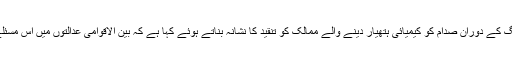
انہوں نے ایران- عراق جنگ کے دوران صدام کو کیمیائی ہتھیار دینے والے ممالک کو تنقید کا نشانہ بناتے ہوئے کہا ہے کہ بین الاقوامی عدالتوں میں اس مسئلے کا جائزہ لیا جانا چاہئے۔